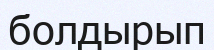
болдырып